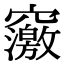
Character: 𥨿